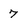
Character: 7